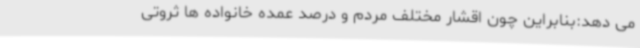
می دهد:بنابراین چون اقشار مختلف مردم و درصد عمده خانواده ها ثروتی